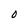
Character: 0